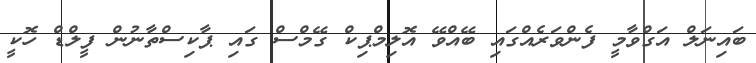
ބައިނަލް އަގްވާމީ ފެންވަރެއްގައި ބޭއްވޭ އޮލިމްޕިކް ގޭމްސް ގައި ޕާކިސްތާނުން ފީލްޑް ހޮކީ